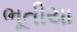
ભૂતીયા